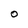
Character: O